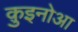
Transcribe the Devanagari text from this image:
क़ुइनोआ